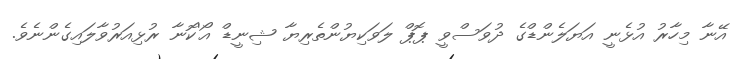
އޭނާ މިހާރު އުޅެނީ އަޔަލެންޑްގެ ދުވަސްވީ ޕޮޕް ލަވަކިޔުންތެރިޔާ ޝިނީޑް އޯ'ކޮނާ ރުޅިއަރުވާލައިގެންނެވެ.